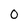
Character: 0